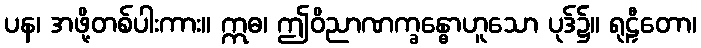
ပန၊ အဖို့တစ်ပါးကား။ ဣဓ၊ ဤဝိညာဏက္ခန္ဓောဟူသော ပုဒ်၌။ ရုဠှီတော၊